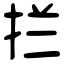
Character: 拦